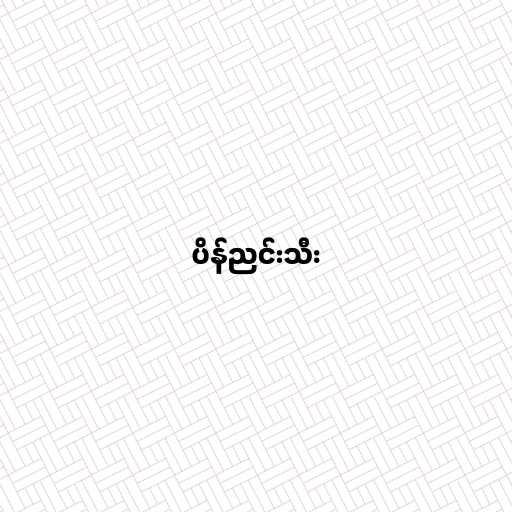
ပိန်ညင်းသီး